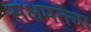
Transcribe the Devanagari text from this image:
सक्षमतेचा